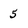
Character: 5